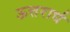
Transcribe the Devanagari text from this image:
ऊत्तरार्ध